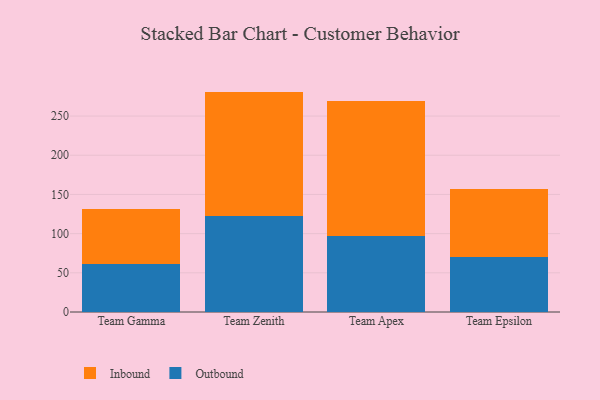
{"axis": {"x": "Team", "y": "Operating Costs (USD K)"}, "legend": ["Inbound", "Outbound"], "data": [{"x": "Team Gamma", "y": 61.4, "type": "Outbound"}, {"x": "Team Gamma", "y": 70.0, "type": "Inbound"}, {"x": "Team Zenith", "y": 122.2, "type": "Outbound"}, {"x": "Team Zenith", "y": 159.0, "type": "Inbound"}, {"x": "Team Apex", "y": 96.7, "type": "Outbound"}, {"x": "Team Apex", "y": 172.8, "type": "Inbound"}, {"x": "Team Epsilon", "y": 70.8, "type": "Outbound"}, {"x": "Team Epsilon", "y": 86.5, "type": "Inbound"}]}